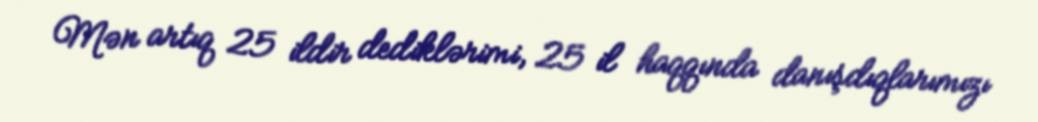
Mən artıq 25 ildir dediklərimi, 25 il haqqında danışdıqlarımızı